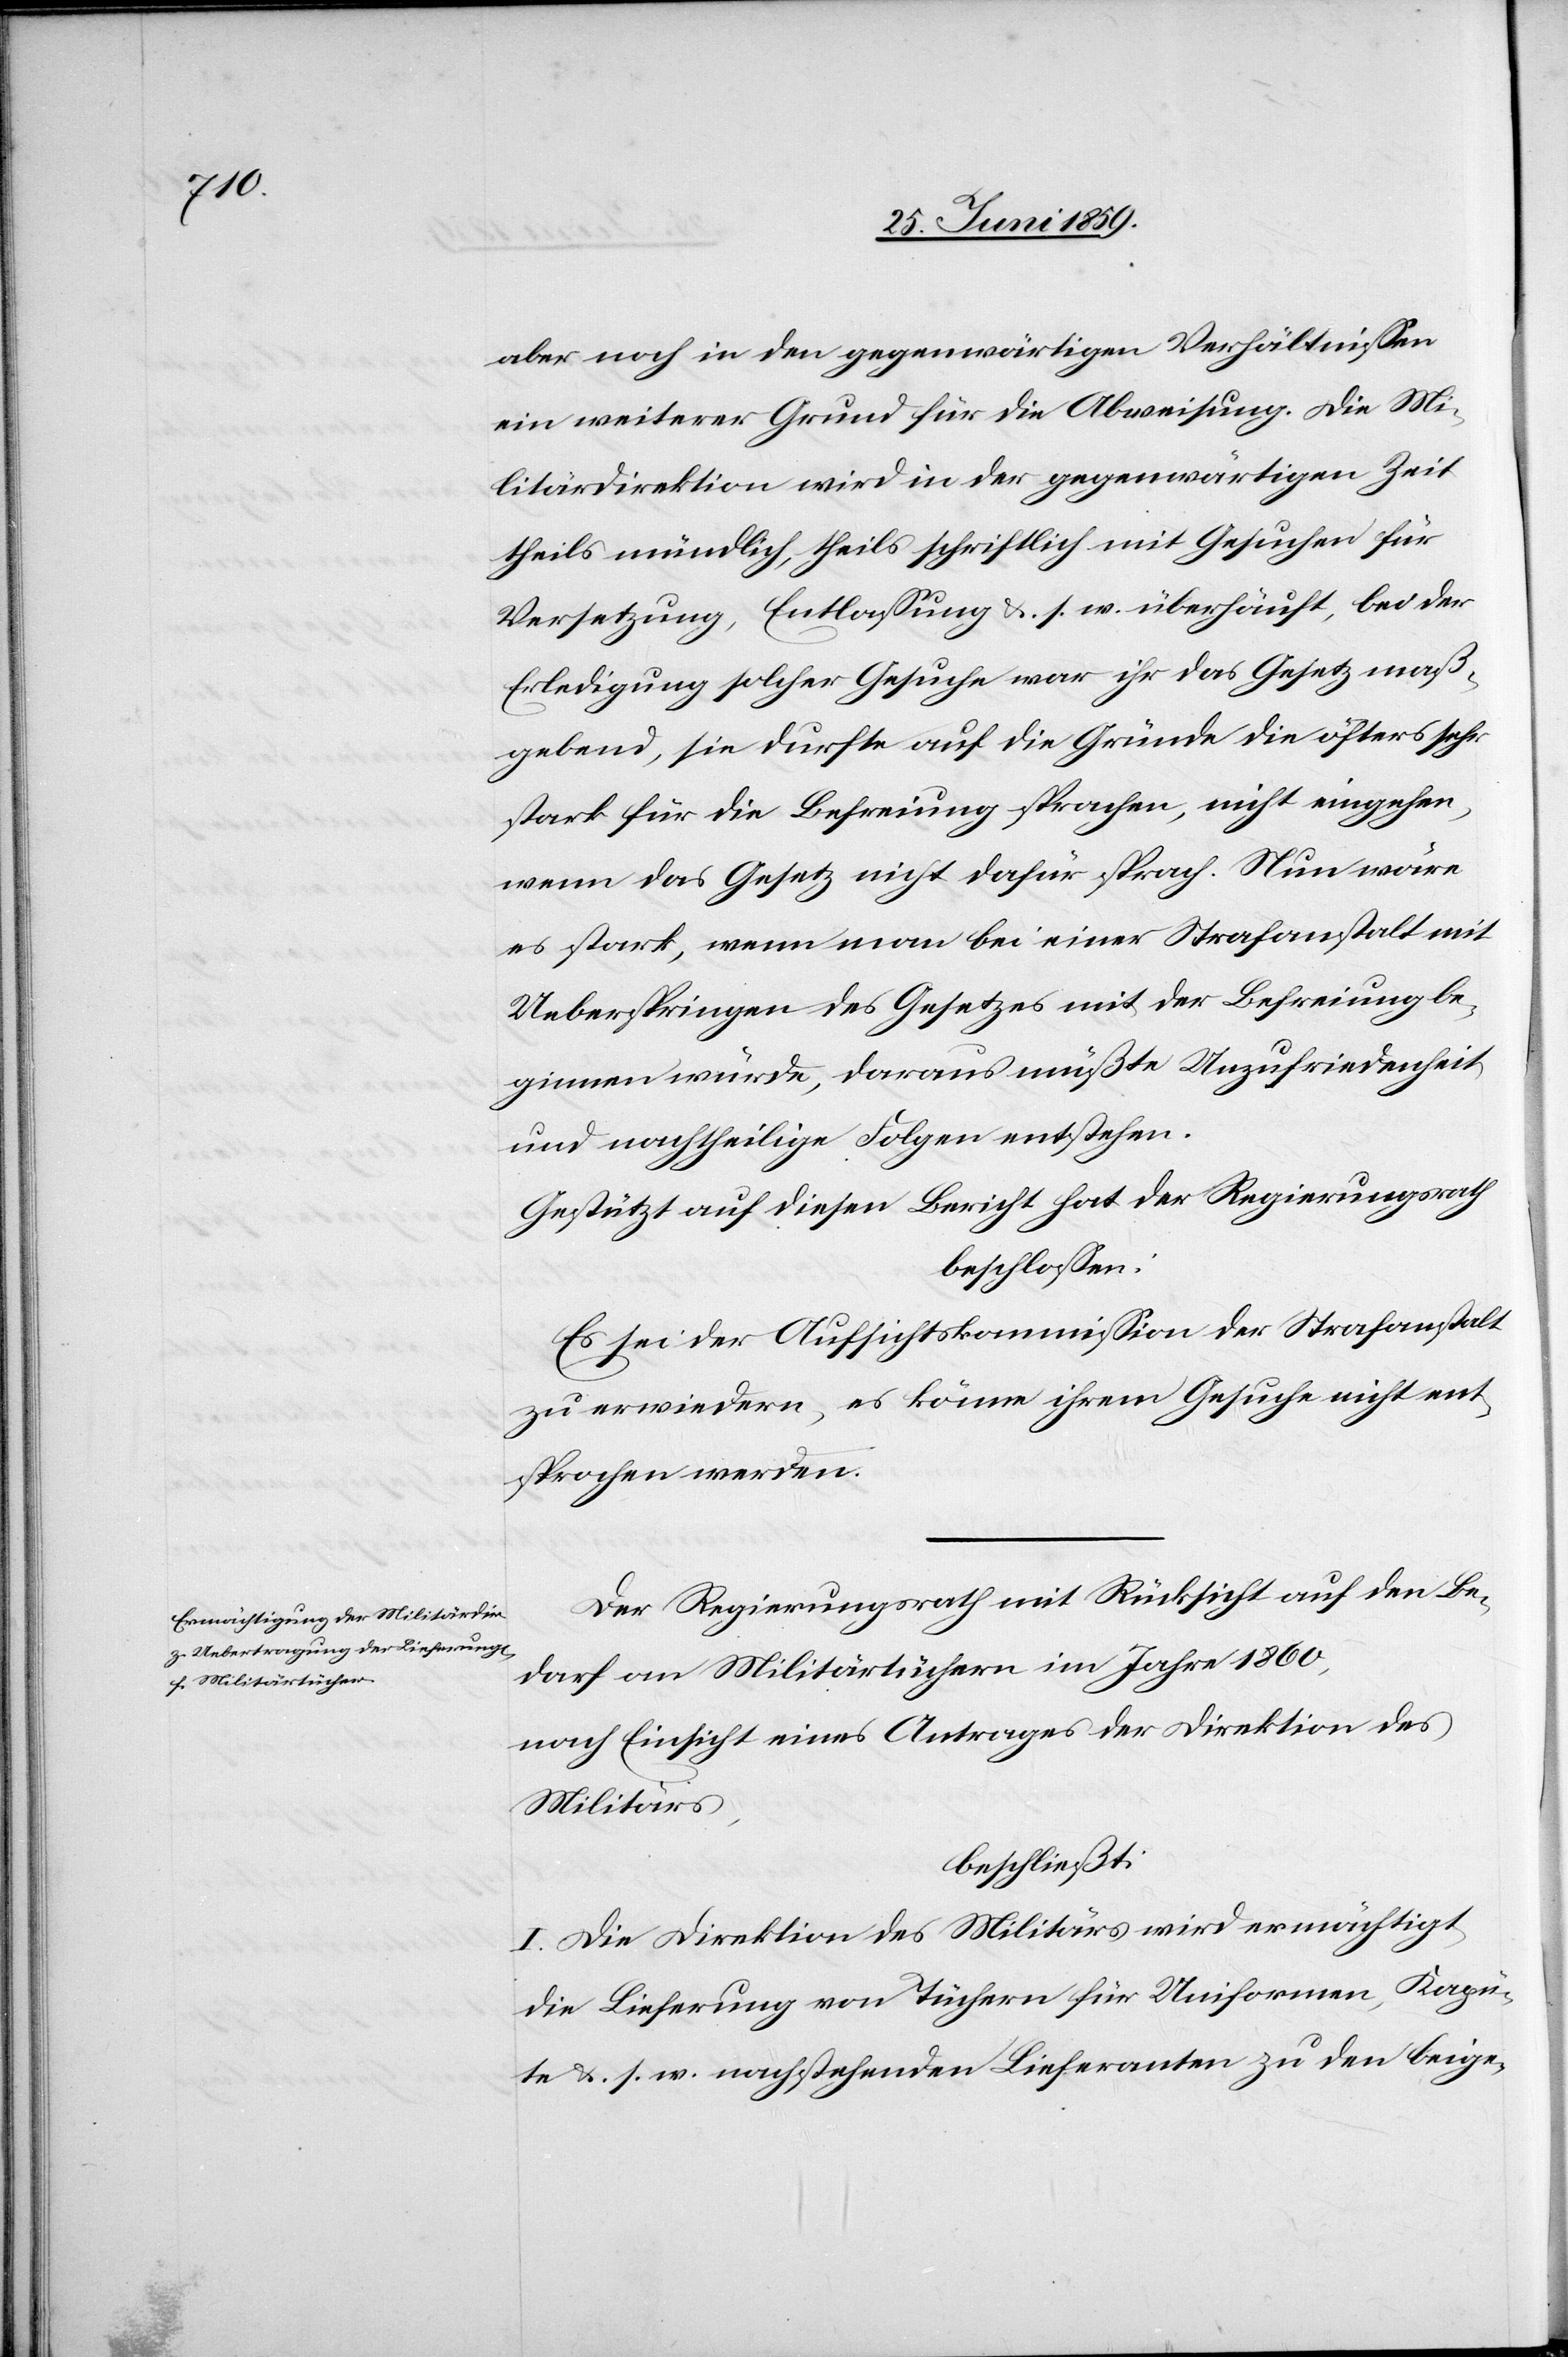
aber noch in den gegenwärtigen Verhältnissen
ein weiterer Grund für die Abweisung. Die Mi¬
litärdirektion wir in der gegenwärtigen Zeit
theils mündlich, theils schriftlich mit Gesuchen für
Versetzung, Entlassung u. s. w. überhäuft, bei der
Erledigung solcher Gesuche war ihr das Gesetz maß¬
gebend, sie durfte auf die Gründe die öfters sehr
stark für die Befreiung sprachen, nicht eingehen,
wenn das Gesetz nicht dafür sprach. Nun wäre
es stark, wenn man bei einer Strafanstalt mit
Ueberspringen des Gesetzes mit der Befreiung be¬
ginnen würde, daraus müßte Unzufriedenheit
und nachtheilige Folgen entstehen.
Gestützt auf diesen Bericht hat der Regierungsrath
beschlossen:
Es sei der Aufsichtskommission der Strafanstalt
zu erwiedern, es könne ihrem Gesuche nicht ent¬
sprochen werden.
Der Regierungsrath mit Rücksicht auf den Be¬
darf an Militärtüchern im Jahre 1860,
nach Einsicht eines Antrages der Direktion des
Militärs,
beschließt:
I. Die Direktion des Militärs wird ermächtigt,
die Lieferung von Tüchern für Uniformen, Kapü¬
te u. s. w. nachstehenden Lieferanten zu den beige-